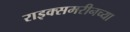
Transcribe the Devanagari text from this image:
राइक्समरीनच्या